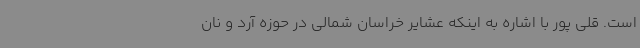
است. قلی پور با اشاره به اینکه عشایر خراسان شمالی در حوزه آرد و نان